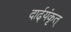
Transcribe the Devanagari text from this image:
दार्ढ्‌यंकृत्